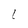
Character: L